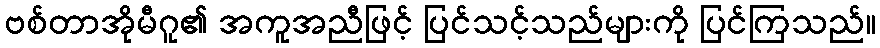
ဗစ်တာအိုမီဂူ၏ အကူအညီဖြင့် ပြင်သင့်သည်များကို ပြင်ကြသည်။